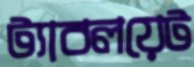
ট্যাবলয়েট